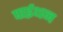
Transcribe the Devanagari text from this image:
पाईथन